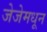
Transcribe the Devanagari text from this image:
जेजेमधून